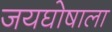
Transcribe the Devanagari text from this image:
जयघोषाला